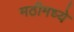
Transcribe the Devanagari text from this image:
मठीमध्ये